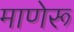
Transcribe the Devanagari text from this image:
माणेरू